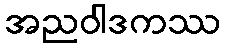
အညဝါဒကဿ